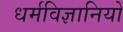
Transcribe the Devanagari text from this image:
धर्मविज्ञानियों